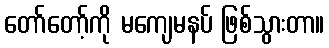
တော်တော့်ကို မကျေမနပ် ဖြစ်သွားတာ။